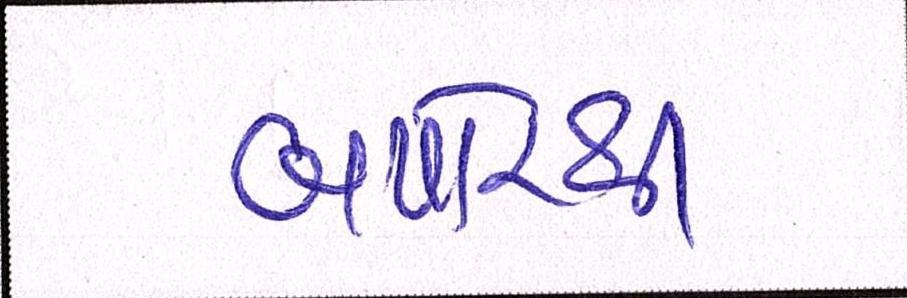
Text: બપોરથી